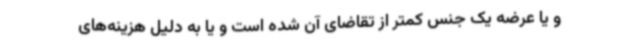
و یا عرضه یک جنس کمتر از تقاضای آن شده است و یا به دلیل هزینه‌های